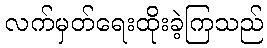
လက်မှတ်ရေးထိုးခဲ့ကြသည်